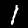
Label: 1